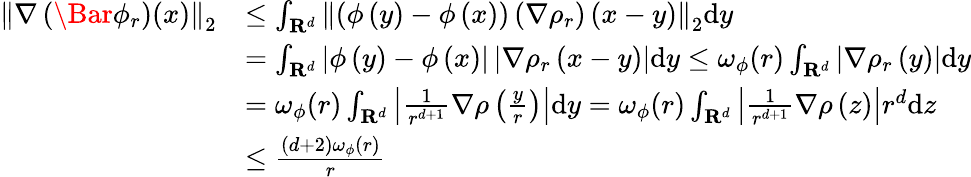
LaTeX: \begin{array}{rl}{\left\| \nabla\left(\Bar{\phi}_{r}\right)(x)\right\| _{2}}&{\le\int_{\mathbf{R}^{d}}\left\| \left(\phi\left(y\right)-\phi\left(x\right)\right)\left(\nabla\rho_{r}\right)\left(x-y\right)\right\| _{2}\mathrm{d}y}\\ &{=\int_{\mathbf{R}^{d}}\left|\phi\left(y\right)-\phi\left(x\right)\right|\left|\nabla\rho_{r}\left(x-y\right)\right|\mathrm{d}y\le\omega_{\phi}(r)\int_{\mathbf{R}^{d}}\left|\nabla\rho_{r}\left(y\right)\right|\mathrm{d}y}\\ &{=\omega_{\phi}(r)\int_{\mathbf{R}^{d}}\left|\frac{1}{r^{d+1}}\nabla\rho\left(\frac{y}{r}\right)\right|\mathrm{d}y=\omega_{\phi}(r)\int_{\mathbf{R}^{d}}\left|\frac{1}{r^{d+1}}\nabla\rho\left(z\right)\right|r^{d}\mathrm{d}z}\\ &{\le\frac{(d+2)\omega_{\phi}(r)}{r}}\end{array}